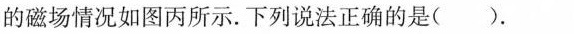
的磁场情况如图丙所示。下列说法正确的是( )。